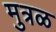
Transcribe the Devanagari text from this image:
मुत्रळ